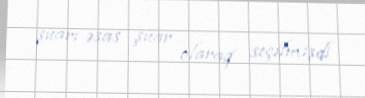
şüarı əsas şüar olaraq seçilmişdi.